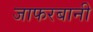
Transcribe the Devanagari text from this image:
जाफरबानी